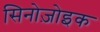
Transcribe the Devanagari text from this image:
सिनोज़ोइक